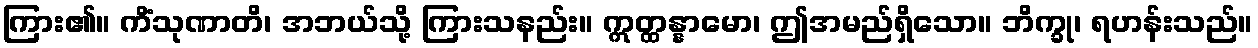
ကြား၏။ ကိံသုဏာတိ၊ အဘယ်သို့ ကြားသနည်း။ ဣတ္ထန္နာမော၊ ဤအမည်ရှိသော။ ဘိက္ခု၊ ရဟန်းသည်။